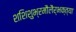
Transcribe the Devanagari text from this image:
शशिशुभ्रमौलैर्भक्त्या